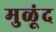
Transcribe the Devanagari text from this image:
मुळूंद